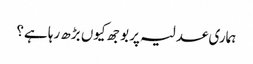
ہماری عدلیہ پر بوجھ کیوں بڑھ رہا ہے؟